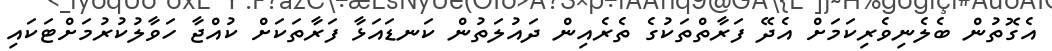
އެގޮތުން ބެލެނިވެރިކަމަށް އެދޭ ފަރާތްތަކުގެ ތެރެއިން ދައުލަތުން ކަނޑައަޅާ ފަރާތަކަށް ކުއްޖާ ހަވާލުކުރުމަށްޓަކައި